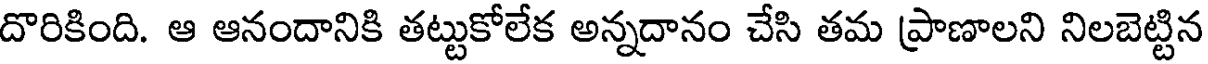
దొరికింది. ఆ ఆనందానికి తట్టుకోలేక అన్నదానం చేసి తమ ప్రాణాలని నిలబెట్టిన